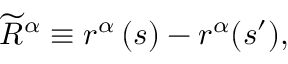
\widetilde { R } ^ { \alpha } \equiv r ^ { \alpha } \left( s \right) - r ^ { \alpha } ( s ^ { \prime } ) ,